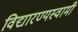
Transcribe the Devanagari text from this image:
विद्यारण्यस्वामी